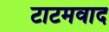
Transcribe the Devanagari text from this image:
टाटमवाद